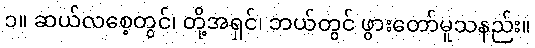
၁။ ဆယ်လစေ့တွင်၊ တို့အရှင်၊ ဘယ်တွင် ဖွားတော်မူသနည်း။